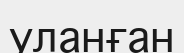
уланған